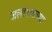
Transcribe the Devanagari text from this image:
जलाशयच्या